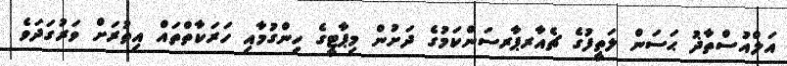
އަލްއުސްތާޛު ޙަސަން ލަތީފުގެ ޗެއާރޕާރސަންކަމުގެ ދަށުން މިޕާޓީގެ ހިންގުމާއި ހަރަކާތްތައް އިތުރަށް ވަރުގަދަވެ